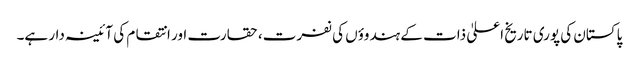
پاکستان کی پوری تاریخ اعلیٰ ذات کے ہندوؤں کی نفرت، حقارت اور انتقام کی آئینہ دار ہے۔